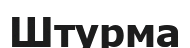
Штурма